system: You are a helpful assistant.
user:
Analyze the provided spectrum to determine if it is a **Carbon Star (C-type)**.

- **Key Visual Indicators of Carbon Star:**
    - **(Primary):** Strong molecular absorption from **C₂ (diatomic carbon) "Swan Bands."** This is the **defining feature** of a carbon star.
        - **(Key Bandheads):** Sharp absorption edges are visible at approximately $5635$ Å, $5165$ Å (the strongest band), and $4737$ Å.
        - **(Line Profile):** Creates a distinct **"saw-tooth"** pattern. The key morphology is a sharp, steep bandhead on the **red (long-wavelength) side**, which then gradually tapers off (i.e., flux recovers) towards the **blue (short-wavelength) side**. *(This is the direct opposite of the TiO bands seen in M-type stars)*.

    - **(Secondary):** Intense **CN (cyanogen)** molecular absorption bands.
        - **(Key Bandheads):** Located in the blue and violet regions of the spectrum (e.g., near $4215$ Å and $3883$ Å).
        - **(Morphology):** These bands are extremely broad and act as a "blanket," absorbing the vast majority of blue and violet light. This creates a characteristic **"cliff"** or **"steep drop-off"** in the spectrum's flux at short wavelengths.

    - **(Key Confirmation):** Strong **CH absorption band (G-band)**.
        - **(Key Bandhead):** Located around $4300$ Å. The contribution from CH molecules to this band is exceptionally strong.

    - **(Overall Spectrum):**
        - The continuum is severely "chopped up" by these deep molecular bands, especially C₂, rather than appearing as a smooth curve.
        - Due to the heavy CN and C₂ absorption in the blue-green, the vast majority of the star's flux is concentrated in the red part of the spectrum, giving the star its characteristic deep red color.

Think first, call **spectral_visualization_tool** if needed to examine features in detail, then provide your final answer. Your response must adhere to the following strict rules:
1.  **Overall Structure:** Your response must follow the format `<think>...</think> <tool_call>...</tool_call> (if a tool is used) <answer>...</answer>`.
2.  **Tool Usage Constraint:** You may only make **one** tool call per turn.
3.  **Final Answer Format:** In the `<answer>` tag, your conclusion must be inside a `\boxed{}` command (e.g., `\boxed{YES}`), followed by your justification.

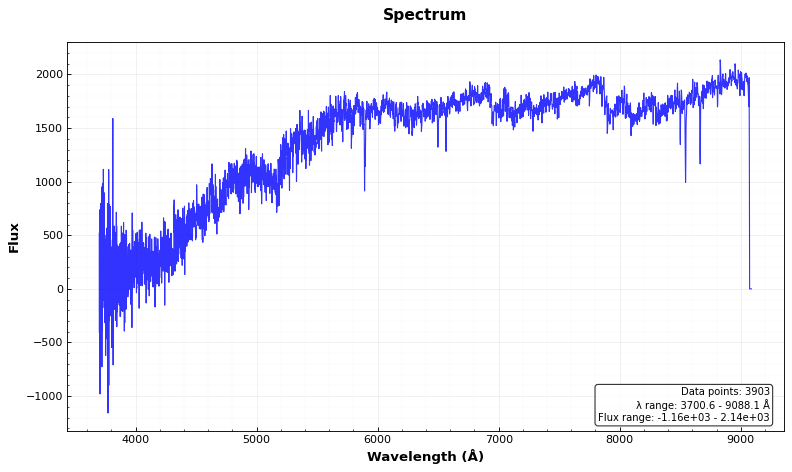
Answer: YES